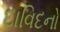
દાવિદનો